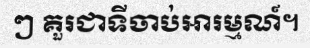
ៗ គួរជាទីចាប់អារម្មណ៍។